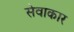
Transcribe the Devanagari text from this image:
सेवाकार